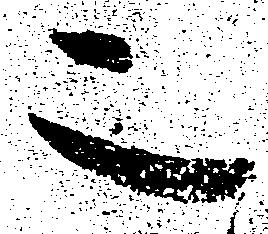
二